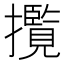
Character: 𭣄